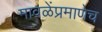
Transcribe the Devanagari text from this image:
मावळेंप्रमाणेच